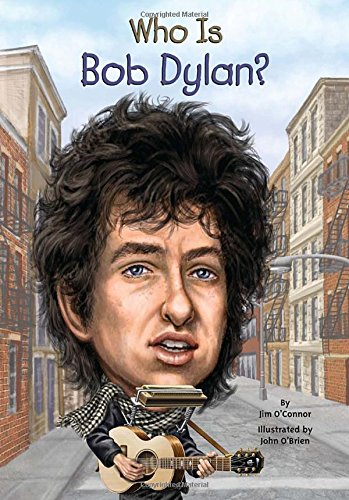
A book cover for Who Is Bob Dylan? (Who Was...?); Jim O'Connor; Children's Books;